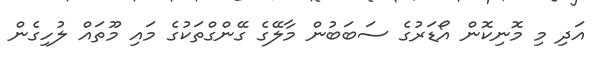
އަދި މި މޮނިކޮން އޯޑަރުގެ ސަބަބުން މާލޭގެ ގޭންގްތަކުގެ މައި މޫތައް ލުހިގެން